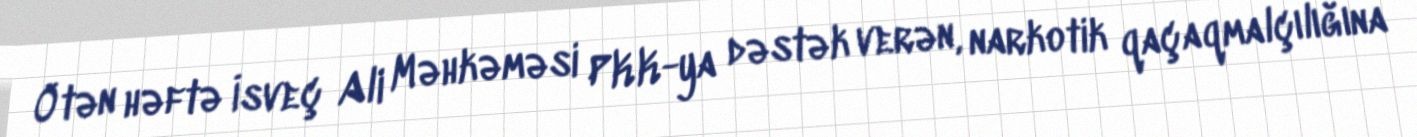
Ötən həftə İsveç Ali Məhkəməsi PKK-ya dəstək verən, narkotik qaçaqmalçılığına